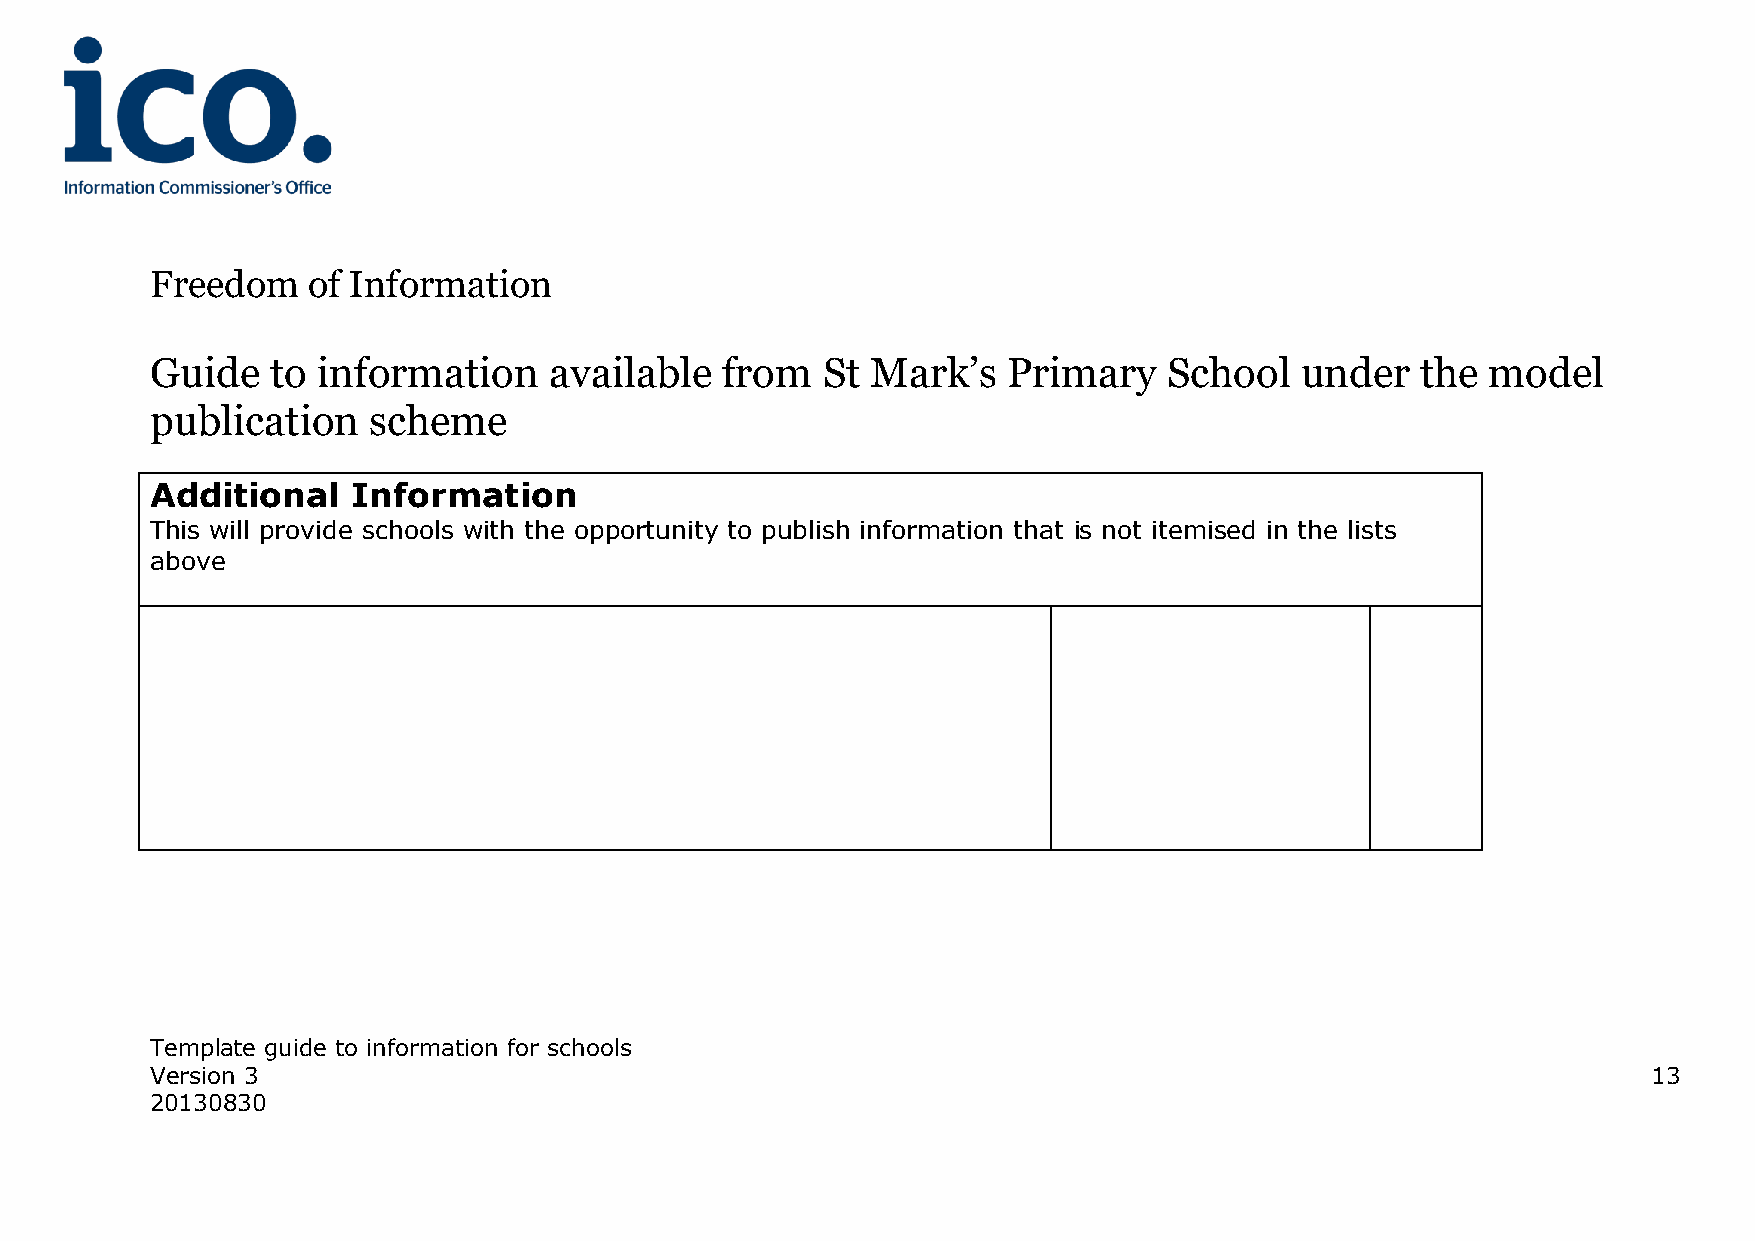
Freedom   of Information
 Guide   to information    available   from  St  Mark’s   Primary   School   under   the  model
 publication   scheme
 Additional   Information
 This will provide schools with the opportunity to publish information that is not itemised in the lists
 above
 Template guide to information for schools
 Version 3                                                                                          13
 20130830